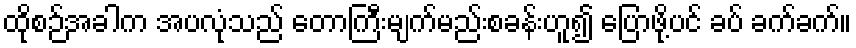
ထိုစဉ်အခါက အပလုံသည် တောကြီးမျက်မည်းစခန်းဟူ၍ ပြောဖို့ပင် ခပ် ခက်ခက်။